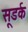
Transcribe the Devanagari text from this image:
सूडर्क